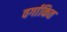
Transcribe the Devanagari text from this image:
वर्गाकित